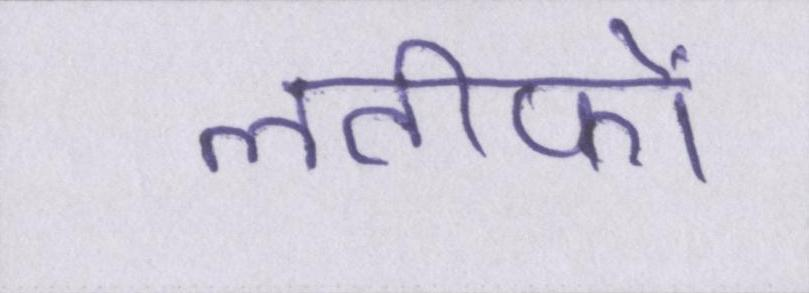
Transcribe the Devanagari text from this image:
लतीफों